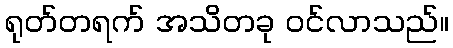
ရုတ်တရက် အသိတခု ဝင်လာသည်။